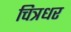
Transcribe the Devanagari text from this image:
चित्रधर